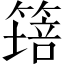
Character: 𱸝